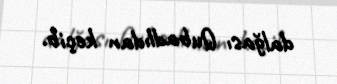
dalğası Qubadlıdan keçib.